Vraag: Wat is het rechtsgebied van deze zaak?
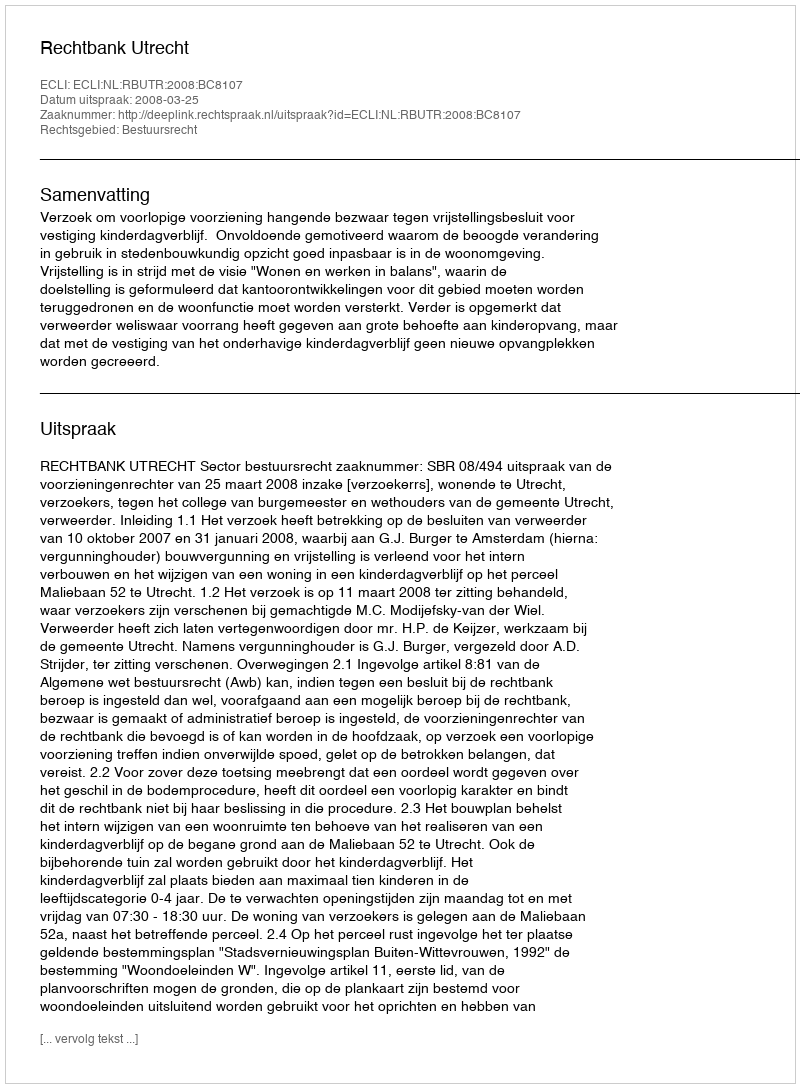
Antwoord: Bestuursrecht